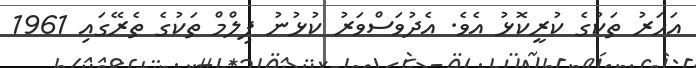
އަހަރު ތަކުގެ ކުރީކޮޅު އެވެ. އެދުވަސްވަރު ކުޅުނު ފިލްމް ތަކުގެ ތެރޭގައި 1961